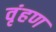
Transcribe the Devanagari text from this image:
वृंहण